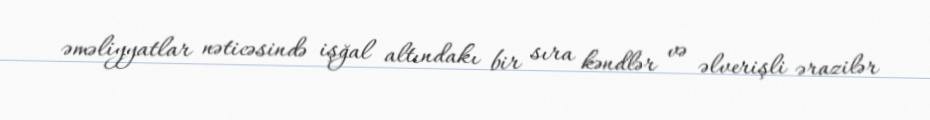
əməliyyatlar nəticəsində işğal altındakı bir sıra kəndlər və əlverişli ərazilər